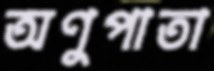
অণুপাতা